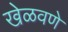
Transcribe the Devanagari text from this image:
खेळवणे